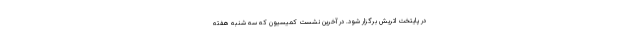
در پایتخت اتریش برگزار شود. در آخرین نشست کمیسیون که سه شنبه هفته